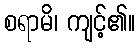
စရာမိ၊ ကျင့်၏။